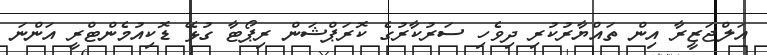
އަލްޖަޒީރާ އިން ތައްޔާރުކުރި ދިވެހި ސަރުކާރުގެ ކޮރަޕްޝަން ރިޕޯޓާ ގުޅޭ ޑޮކިއުމެންޓްރީ އަންނަ